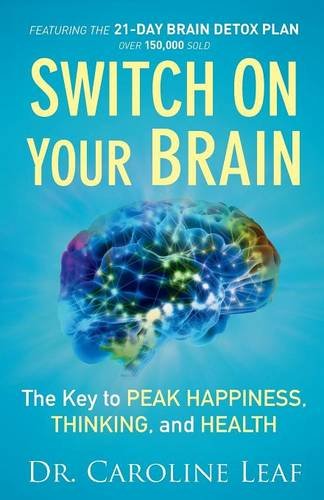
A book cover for Switch On Your Brain: The Key to Peak Happiness, Thinking, and Health; Dr. Caroline Leaf; Health, Fitness & Dieting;